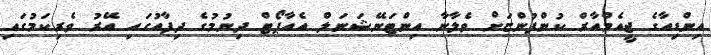
އިންޑިއާގެ ޖީއެމްއާރް ކުންފުންޏަށް ވެލާނާ އިންޓަނޭޝަނަލް އެއާޕޯޓް ދިނުމުގެ ދިފާއުގައި އޭރު ވެރިކަމުގައި